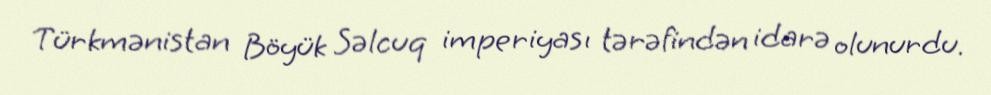
Türkmənistan Böyük Səlcuq imperiyası tərəfindən idarə olunurdu.